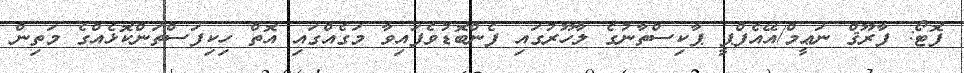
ފޮޓޯ: ފާރޫޤް ނަޢީމް/އޭއެފްޕީ ޕާކިސްތާނުގެ ލާހޫރުގައި ފެންބޮޑުވެފައިވާ މަގެއްގައި އޮތް ހިކިފަސްތަންކޮޅެއްގެ މަތިން